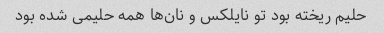
حلیم ریخته بود تو نایلکس و نان‌ها همه حلیمی شده بود